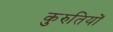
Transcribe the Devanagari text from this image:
कुरुतियों